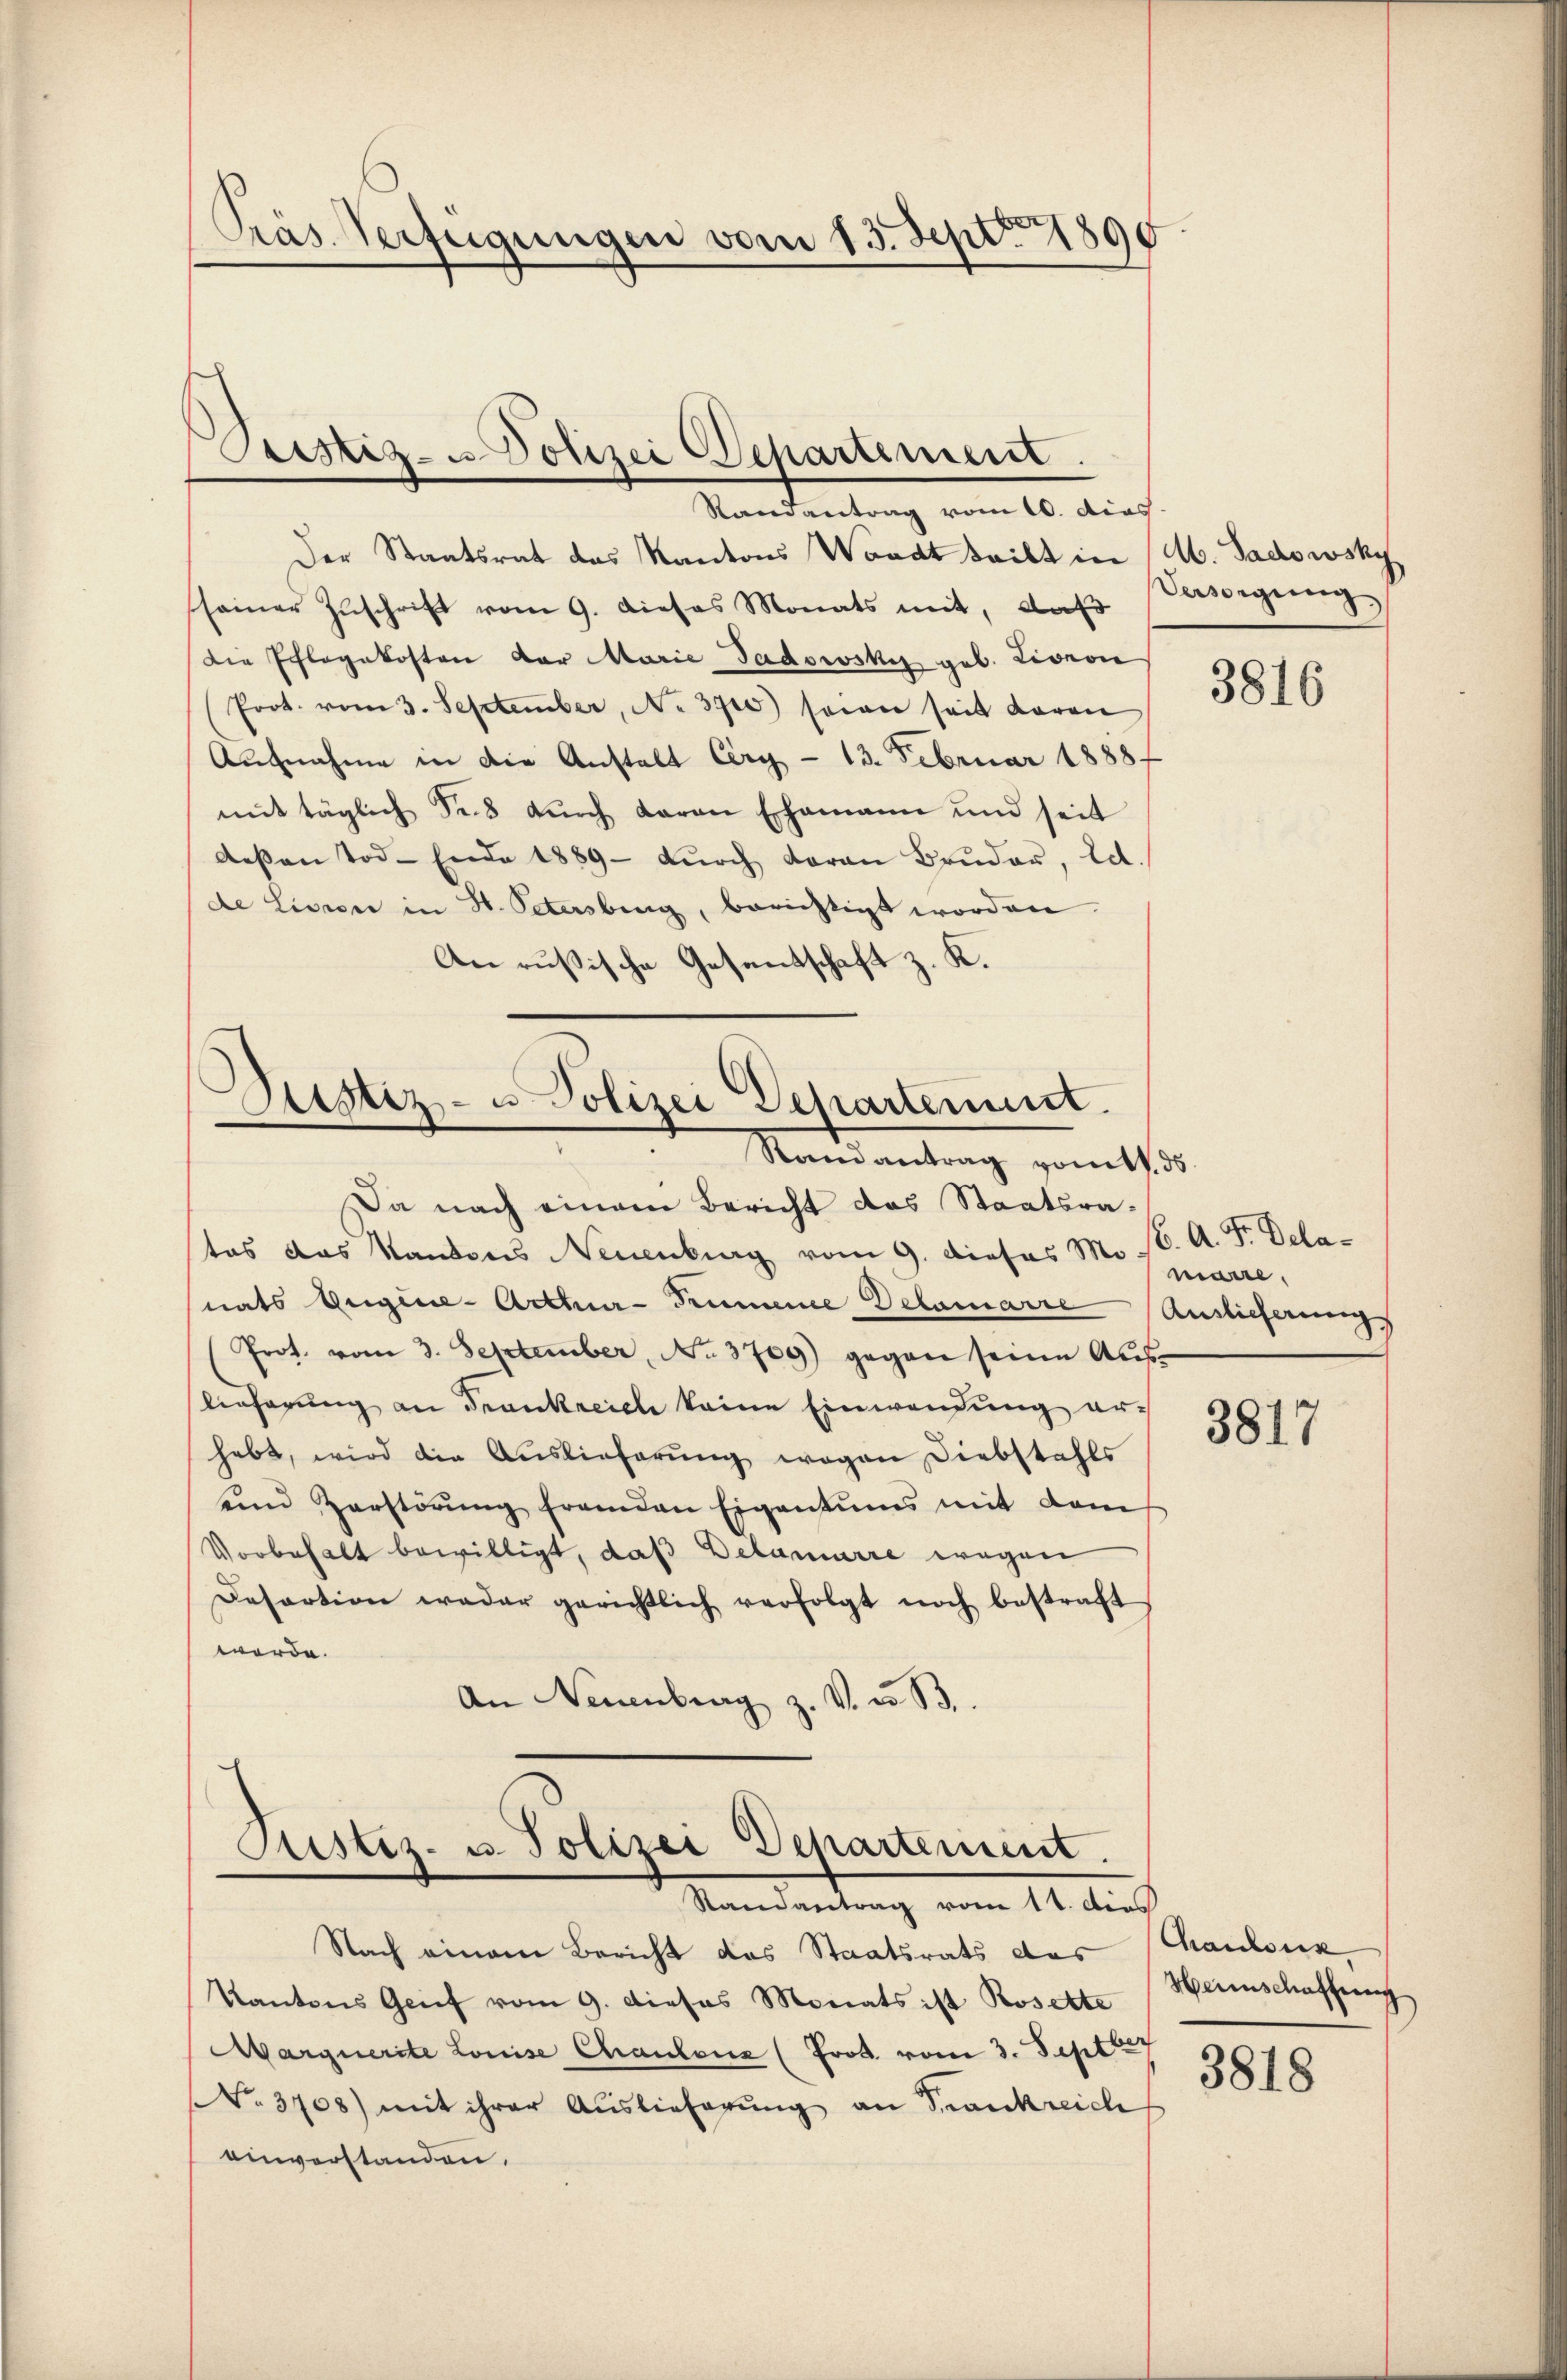
Präs. Verfügungen vom 13. Sept. 1890.

Pustiz- u Polizei Departement
.
Randantrag vom 10. dies

Der Staatsrat das Kantons Waadt teilt in A. Gadowsky
seiner Zuschrift vom 9. dieses Monats mit, daß
Die Schlagekosten der Marie Gadowsky geb. Lionon
Prot. vom 3. September, No. 3710) seien seit daran
Aufnahme in die Anstalt Cery - 13. Februar 1888.
mit täglich des dŭrch daran Ehemann und seit
deβen Tod. Ende 1889 dŭrch daran Brŭder, Ed.
de Lision in St. Petersburg, berichtigt worden.
Anrußische Gesentschaft z. K.

Dustiz- u. Polizei Departement.
Randantrag vomtt. ds

Aristiz- u. Polizei Departement.
Randantrag vom 11. dies

Da nach einem Bericht das Staatsrates das Kantons Neuenburg vom 9. dieses maire,
nats Augiie-Arthur-Trumence Delamarre Auslieferungs
Prot. vom 3. September, No. 3709) gegen seine Aŭs-
lieferung an Frankreich keine Einwendung erhabt, wird die Auslieferung wegen Diebstahls
unnd Zerstörŭng fremden Eigentums mit dem
Vorbehalt bewilligt, daß Delamarre wegen
Desartion weder gerichtlich verfolgt noch bestraft
werde.
An Neuenburg z. V. u. B.

Versorgung

Nach einem Bericht das Staatsrats des Chaufsuck,
Kantons Genf vom 9. dieses Monats ist Rosette
Marquerite Louise Chaulenz (Frod. vom 3. Sept
No. 3708) mit ihrer Auslieferung an Krankreich
einverstanden.

3816

16. A. F. Dela¬

3817

Heimschaffung

3818